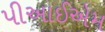
પીઆઈએમ